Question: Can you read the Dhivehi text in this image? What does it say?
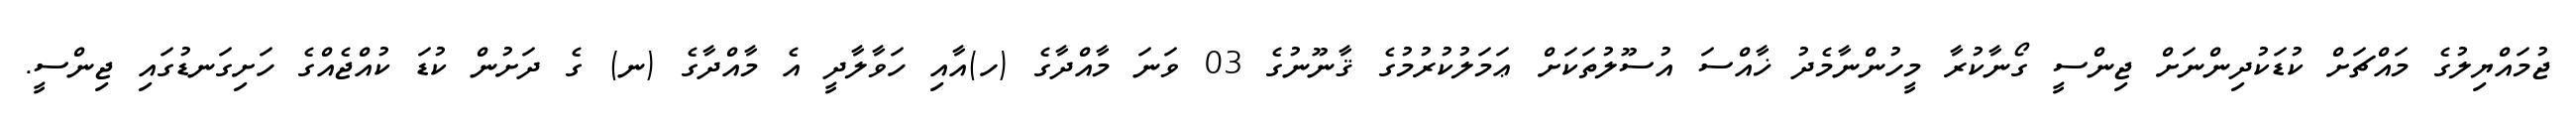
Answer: ޖުމައްޔިލުގެ މައްޗަށް ކުޑަކުދިންނަށް ޖިންސީ ގޯނާކުރާ މީހުންނާމެދު ޚާއްސަ އުސޫލުތަކަށް ޢަމަލުކުރުމުގެ ޤާނޫނުގެ 03 ވަނަ މާއްދާގެ (ހ)އާއި ހަވާލާދީ އެ މާއްދާގެ (ނ) ގެ ދަށުން ކުޑަ ކުއްޖެއްގެ ހަށިގަނޑުގައި ޖިންސީ.